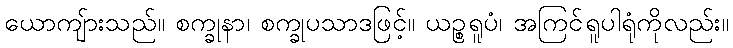
ယောကျ်ားသည်။ စက္ခုနာ၊ စက္ခုပသာဒဖြင့်။ ယဉ္စရူပံ၊ အကြင်ရူပါရုံကိုလည်း။